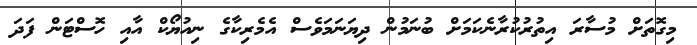
މިގޮތަށް މުސާރަ އިތުރުކުރާނެކަމަށް ބުނަމުން ދިޔަނަމަވެސް އެމެރިކާގެ ނިއުޔޯކް އާއި ހޮސްޓަން ފަދަ